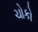
ચોકો